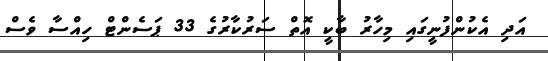
އަދި އެކުންފުނީގައި މިހާރު ބާކީ އޮތް ސަރުކާރުގެ 33 ޕަސެންޓް ހިއްސާ ވެސް